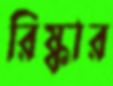
রিষ্কার